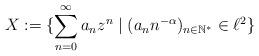
LaTeX: \begin{align*}X := \{\sum_{n=0}^\infty a_n z^n \mid (a_n n^{-\alpha})_{n\in \mathbb{N^*}} \in \ell^2 \}\end{align*}